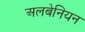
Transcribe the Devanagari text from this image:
अलबेनियन